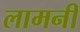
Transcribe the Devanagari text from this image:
लामनी